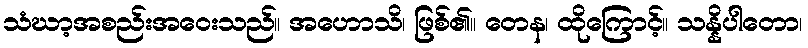
သံဃာ့အစည်းအဝေးသည်။ အဟောသိ၊ ဖြစ်၏။ တေန၊ ထိုကြောင့်။ သန္နိပါတော၊